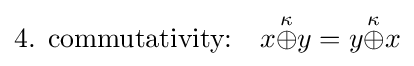
{\text{4. commutativity:}}\quad x{\stackrel {\kappa }{\oplus }}y=y{\stackrel {\kappa }{\oplus }}x